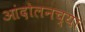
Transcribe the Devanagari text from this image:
आंदोलनच्या